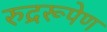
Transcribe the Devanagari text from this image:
रुद्ररूपेण